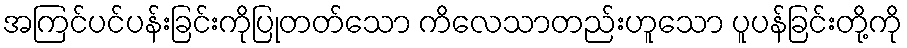
အကြင်ပင်ပန်းခြင်းကိုပြုတတ်သော ကိလေသာတည်းဟူသော ပူပန်ခြင်းတို့ကို